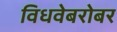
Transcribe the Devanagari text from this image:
विधवेबरोबर